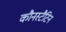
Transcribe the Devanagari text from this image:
कौनस्टैटिन